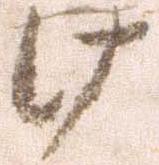
け